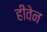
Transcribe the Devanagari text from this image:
हीवेन